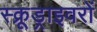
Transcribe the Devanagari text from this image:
स्क्रूड्राइवरों